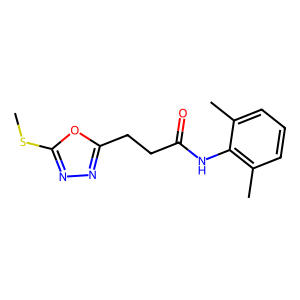
SMILES: CSc1nnc(CCC(=O)Nc2c(C)cccc2C)o1
Inhibits HIV replication: No